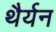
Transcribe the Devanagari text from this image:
थैर्यन